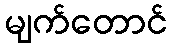
မျက်တောင်